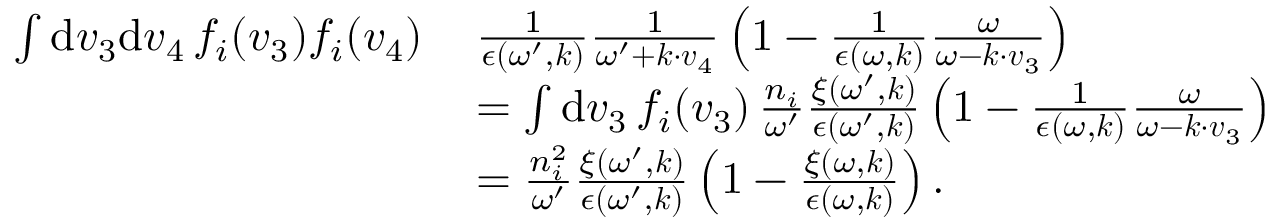
\begin{array} { r l } { \int \mathrm { d } \boldsymbol { v } _ { 3 } \mathrm { d } \boldsymbol { v } _ { 4 } \, f _ { i } ( \boldsymbol { v } _ { 3 } ) f _ { i } ( \boldsymbol { v } _ { 4 } ) \, } & { \frac { 1 } { \epsilon ( \omega ^ { \prime } , \boldsymbol { k } ) } \frac { 1 } { \omega ^ { \prime } + \boldsymbol { k } \cdot \boldsymbol { v } _ { 4 } } \left( 1 - \frac { 1 } { \epsilon ( \omega , \boldsymbol { k } ) } \frac { \omega } { \omega - \boldsymbol { k \cdot v } _ { 3 } } \right) } \\ & { = \int \mathrm { d } \boldsymbol { v } _ { 3 } \, f _ { i } ( \boldsymbol { v } _ { 3 } ) \, \frac { n _ { i } } { \omega ^ { \prime } } \frac { \xi ( \omega ^ { \prime } , \boldsymbol { k } ) } { \epsilon ( \omega ^ { \prime } , \boldsymbol { k } ) } \left( 1 - \frac { 1 } { \epsilon ( \omega , \boldsymbol { k } ) } \frac { \omega } { \omega - \boldsymbol { k \cdot v } _ { 3 } } \right) } \\ & { = \frac { n _ { i } ^ { 2 } } { \omega ^ { \prime } } \frac { \xi ( \omega ^ { \prime } , \boldsymbol { k } ) } { \epsilon ( \omega ^ { \prime } , \boldsymbol { k } ) } \left( 1 - \frac { \xi ( \omega , \boldsymbol { k } ) } { \epsilon ( \omega , \boldsymbol { k } ) } \right) . } \end{array}